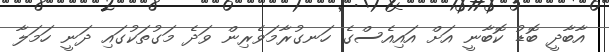
އާބާދީ ބޮޑު ކޮބާނީ އަށް އައިއެސްގެ ހަނގުރާމަވެރިން ވަދެ މަގުތަކުގައި ދަނީ ހަމަލާ